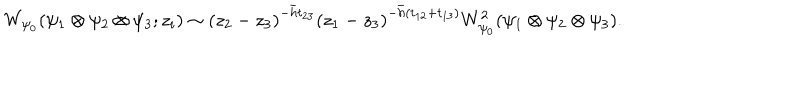
W _ { \psi _ { 0 } } ( \psi _ { 1 } \otimes \psi _ { 2 } \otimes \psi _ { 3 } ; z _ { i } ) \sim \left( z _ { 2 } - z _ { 3 } \right) ^ { - \bar { h } t _ { 2 3 } } \left( z _ { 1 } - z _ { 3 } \right) ^ { - \bar { h } ( t _ { 1 2 } + t _ { 1 3 } ) } W _ { \psi _ { 0 } } ^ { 2 } ( \psi _ { 1 } \otimes \psi _ { 2 } \otimes \psi _ { 3 } ) .